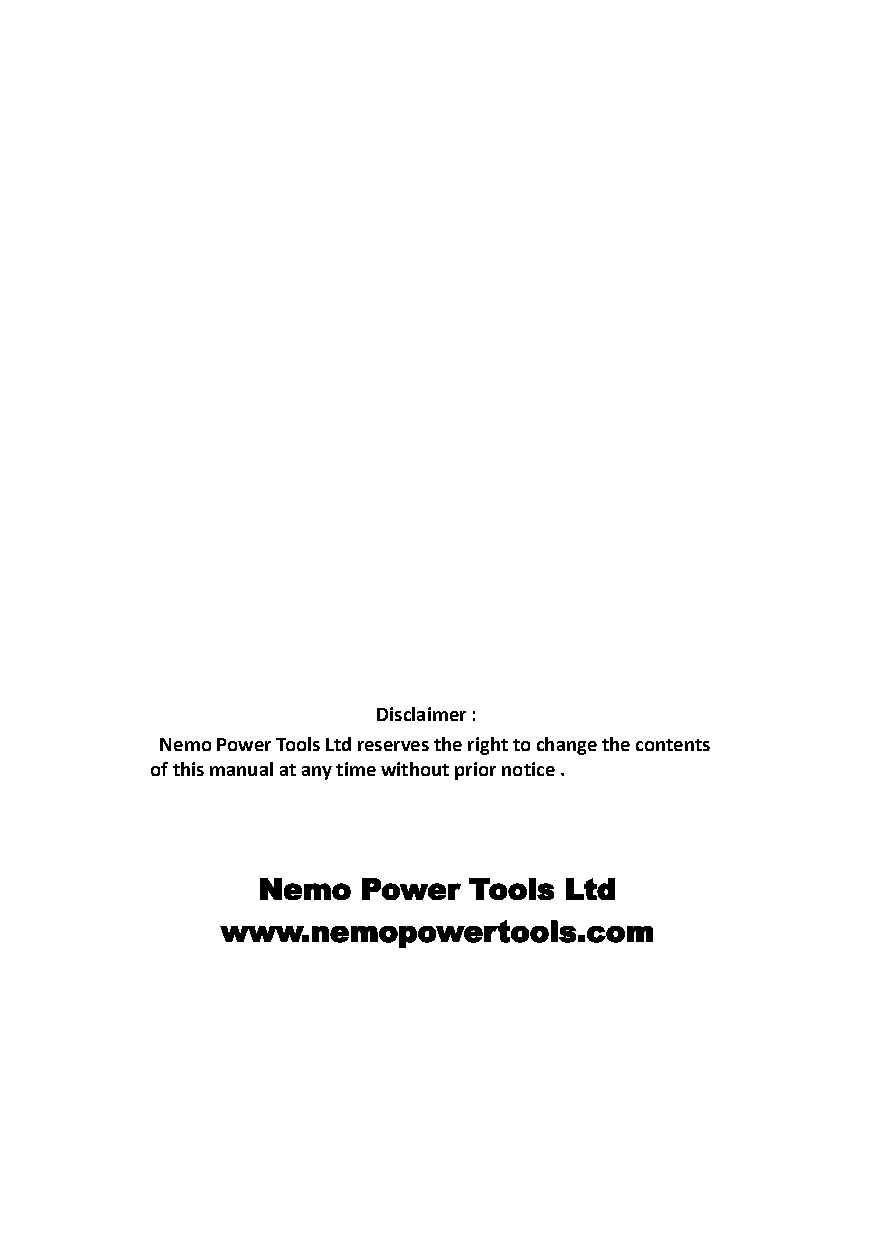
Disclaimer:
 Nemo Power Tools Ltd reserves the right to changethe contents
 of this manual at any time without prior notice .
 Nemo   Power  Tools Ltd
 www.nemopowertools.com